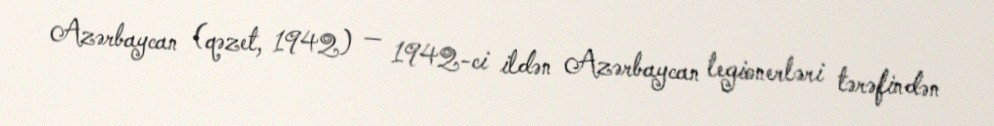
Azərbaycan (qəzet, 1942) — 1942-ci ildən Azərbaycan legionerləri tərəfindən